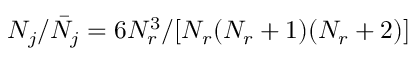
N _ { j } / \bar { N } _ { j } = 6 N _ { r } ^ { 3 } / [ N _ { r } ( N _ { r } + 1 ) ( N _ { r } + 2 ) ]